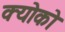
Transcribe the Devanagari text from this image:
क्योको